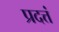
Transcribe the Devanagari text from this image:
प्रदत्तं